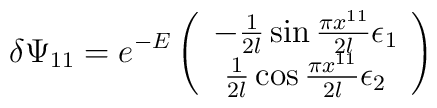
\delta \Psi_{11}= e^{-E}\left( \begin{array}{c} -{1 \over 2l} \sin {\pi x^{11} \over 2l} \epsilon_1 \\ {1 \over 2l} \cos{\pi x^{11} \over 2l} \epsilon_2\end{array} \right) \